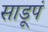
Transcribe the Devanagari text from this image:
साडूपं